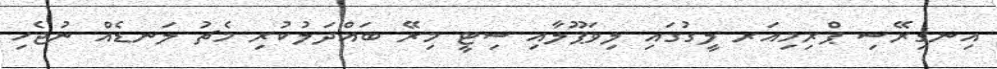
އިނގިރޭސި ޕްރިމިއަރ ލީގުގައި ލިވަޕޫލާއި ސިޓީ މިރޭ ބައްދަލުކުރި މެޗު ލަނޑެއް ނުޖެހި